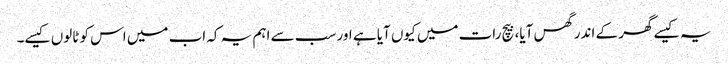
یہ کیسے گھر کے اندر گھس آیا، بیچ رات میں کیوں آیا ہے اور سب سے اہم یہ کہ اب میں اس کو ٹالوں کیسے۔